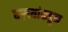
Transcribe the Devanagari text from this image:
घरच्यांकडून